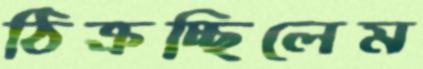
ঠিক্‌রচ্ছিলেম